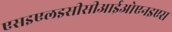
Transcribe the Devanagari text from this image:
एसइएलइसीसीआईओएनइएस